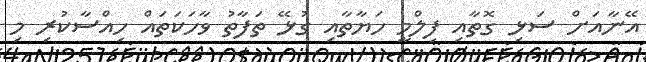
އޭނާއަށް ސަޅި ގޮތާއި ފިލްމީ ހަޔާތާއި ގުޅޭ ތަފާތު ވާހަކަތައް ހިއްސާކުރި މި